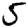
Digit: 5